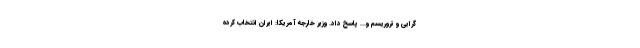
گرایی و تروریسم و... پاسخ داد. وزیر خارجه آمریکا: ایران انتخاب کرده